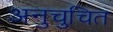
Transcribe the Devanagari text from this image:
अनुचुचित